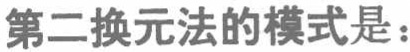
第二换元法的模式是：